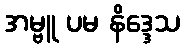
အမ္ဗူ ပမ နိဒ္ဒေသ